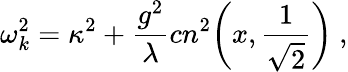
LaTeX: \omega_{k}^{2}=\kappa^{2}+{\frac{g^{2}}{\lambda}}cn^{2}\biggl(x,{\frac{1}{\sqrt{2}}}\biggr)\ ,